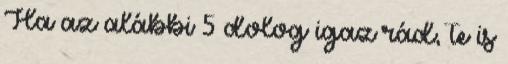
Ha az alábbi 5 dolog igaz rád, te is